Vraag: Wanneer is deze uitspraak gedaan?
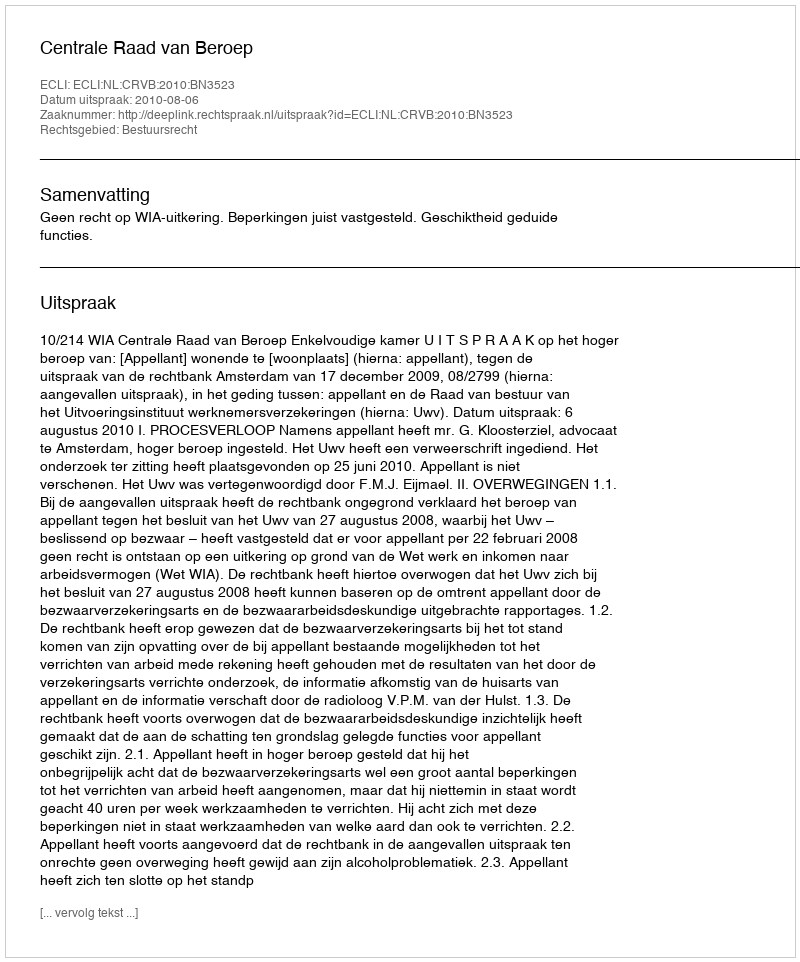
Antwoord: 2010-08-06